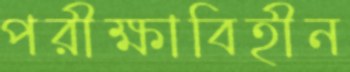
পরীক্ষাবিহীন